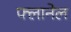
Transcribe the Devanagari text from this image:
फ्लानेल